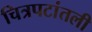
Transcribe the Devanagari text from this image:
चित्रपटांतली